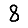
Digit: 8